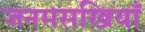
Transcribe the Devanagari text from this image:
जनमसखियाँ